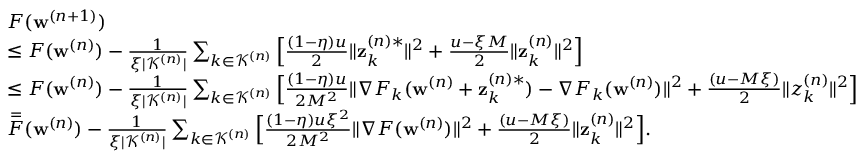
\begin{array} { r l } & { F ( \mathbf { w } ^ { ( n + 1 ) } ) } \\ & { \leq F ( \mathbf { w } ^ { ( n ) } ) - \frac { 1 } { \xi | \mathcal { K } ^ { ( n ) } | } \sum _ { k \in \mathcal { K } ^ { ( n ) } } \Big [ \frac { ( 1 - \eta ) u } { 2 } \| \mathbf { z } _ { k } ^ { ( n ) * } \| ^ { 2 } + \frac { u - \xi M } { 2 } \| \mathbf { z } _ { k } ^ { ( n ) } \| ^ { 2 } \Big ] } \\ & { \leq F ( \mathbf { w } ^ { ( n ) } ) - \frac { 1 } { \xi | \mathcal { K } ^ { ( n ) } | } \sum _ { k \in \mathcal { K } ^ { ( n ) } } \Big [ \frac { ( 1 - \eta ) u } { 2 M ^ { 2 } } \| \nabla F _ { k } ( \mathbf { w } ^ { ( n ) } + \mathbf { z } _ { k } ^ { ( n ) * } ) - \nabla F _ { k } ( \mathbf { w } ^ { ( n ) } ) \| ^ { 2 } + \frac { ( u - M \xi ) } { 2 } \| z _ { k } ^ { ( n ) } \| ^ { 2 } \Big ] } \\ & { \overset = F ( \mathbf { w } ^ { ( n ) } ) - \frac { 1 } { \xi | \mathcal { K } ^ { ( n ) } | } \sum _ { k \in \mathcal { K } ^ { ( n ) } } \Big [ \frac { ( 1 - \eta ) u \xi ^ { 2 } } { 2 M ^ { 2 } } \| \nabla F ( \mathbf { w } ^ { ( n ) } ) \| ^ { 2 } + \frac { ( u - M \xi ) } { 2 } \| \mathbf { z } _ { k } ^ { ( n ) } \| ^ { 2 } \Big ] . } \end{array}